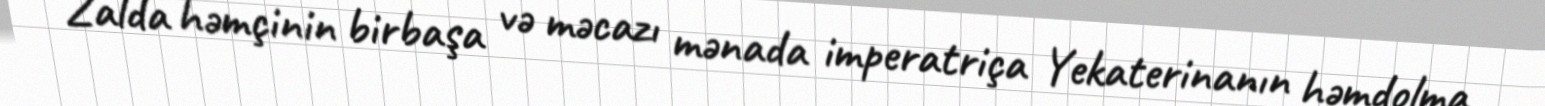
Zalda həmçinin birbaşa və məcazı mənada imperatriça Yekaterinanın həmdolma